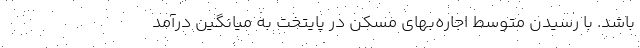
باشد. با رسیدن متوسط اجاره‌‌بهای مسکن در پایتخت به میانگین درآمد